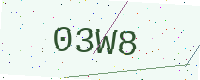
Text: 03W8